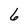
Character: 6